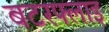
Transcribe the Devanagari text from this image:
बटरफ्लाइ